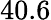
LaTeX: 40.6